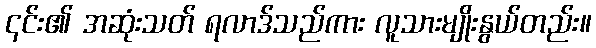
၎င်း၏ အဆုံးသတ် ရလာဒ်သည်ကား လူသားမျိုးနွယ်တည်း။